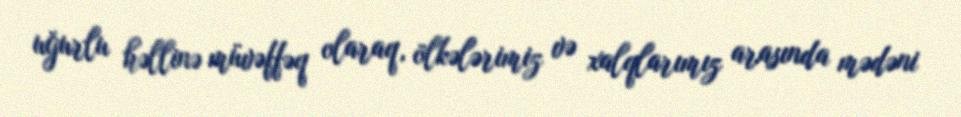
uğurlu həllinə müvəffəq olaraq, ölkələrimiz və xalqlarımız arasında mədəni